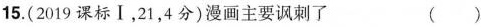
15.(2019课标Ⅰ，21，4分)漫画主要讽刺了 ( )